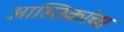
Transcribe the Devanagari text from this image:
आस्तिकांचा